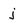
Character: j